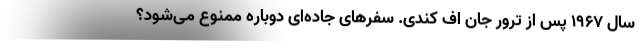
سال 1967 پس از ترور جان اف کندی. سفرهای جاده‌ای دوباره ممنوع می‌شود؟